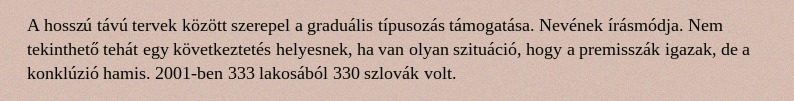
A hosszú távú tervek között szerepel a graduális típusozás támogatása. Nevének írásmódja. Nem tekinthető tehát egy következtetés helyesnek, ha van olyan szituáció, hogy a premisszák igazak, de a konklúzió hamis. 2001-ben 333 lakosából 330 szlovák volt.